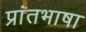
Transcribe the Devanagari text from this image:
प्रांतभाषा